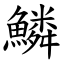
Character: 鱗